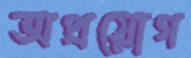
অপ্রয়োগ